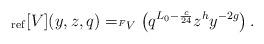
LaTeX: \begin{align*} _{\rm ref}[V](y, z, q) = _{^F V } \left( q^{L_0 -\frac{c}{24}} z^{h} y^{-2g} \right). \end{align*}